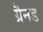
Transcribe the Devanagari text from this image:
ग्रैनड